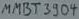
Text: MMBT3904